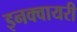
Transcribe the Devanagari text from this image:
इनक्वायरी